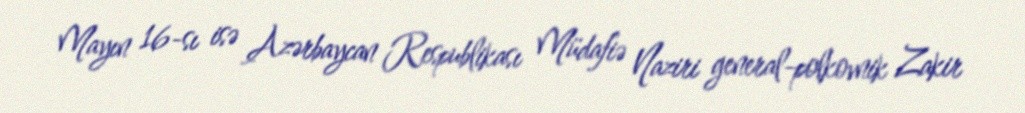
Mayın 16-sı isə Azərbaycan Respublikası Müdafiə Naziri general-polkovnik Zakir